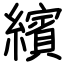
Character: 繽